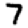
Digit: 7